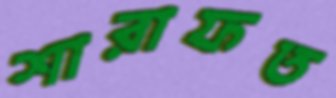
শারাফত